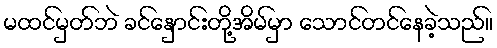
မထင်မှတ်ဘဲ ခင်နှောင်းတို့အိမ်မှာ သောင်တင်နေခဲ့သည်။